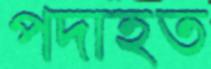
পদাহত